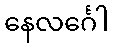
နေလင်္ဂေါ